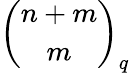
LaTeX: {\binom{n+m}{m}}_{q}